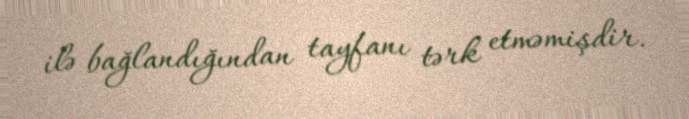
ilə bağlandığından tayfanı tərk etməmişdir.